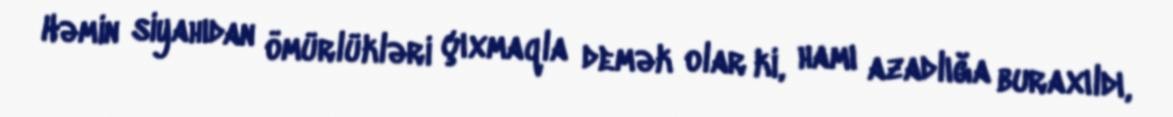
Həmin siyahıdan ömürlükləri çıxmaqla demək olar ki, hamı azadlığa buraxıldı,